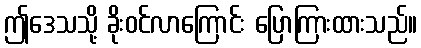
ဤဒေသသို့ ခိုးဝင်လာကြောင်း ပြောကြားထားသည်။